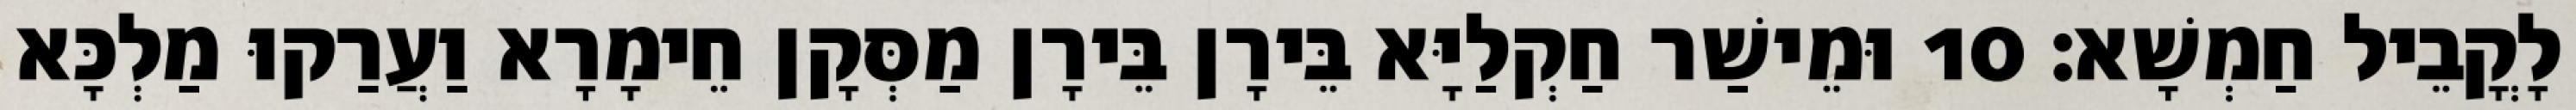
לָקֳבֵיל חַמְשָׁא׃ 10 וּמֵישַׁר חַקְלַיָּא בֵּירָן בֵּירָן מַסְּקָן חֵימָרָא וַעֲרַקוּ מַלְכָּא